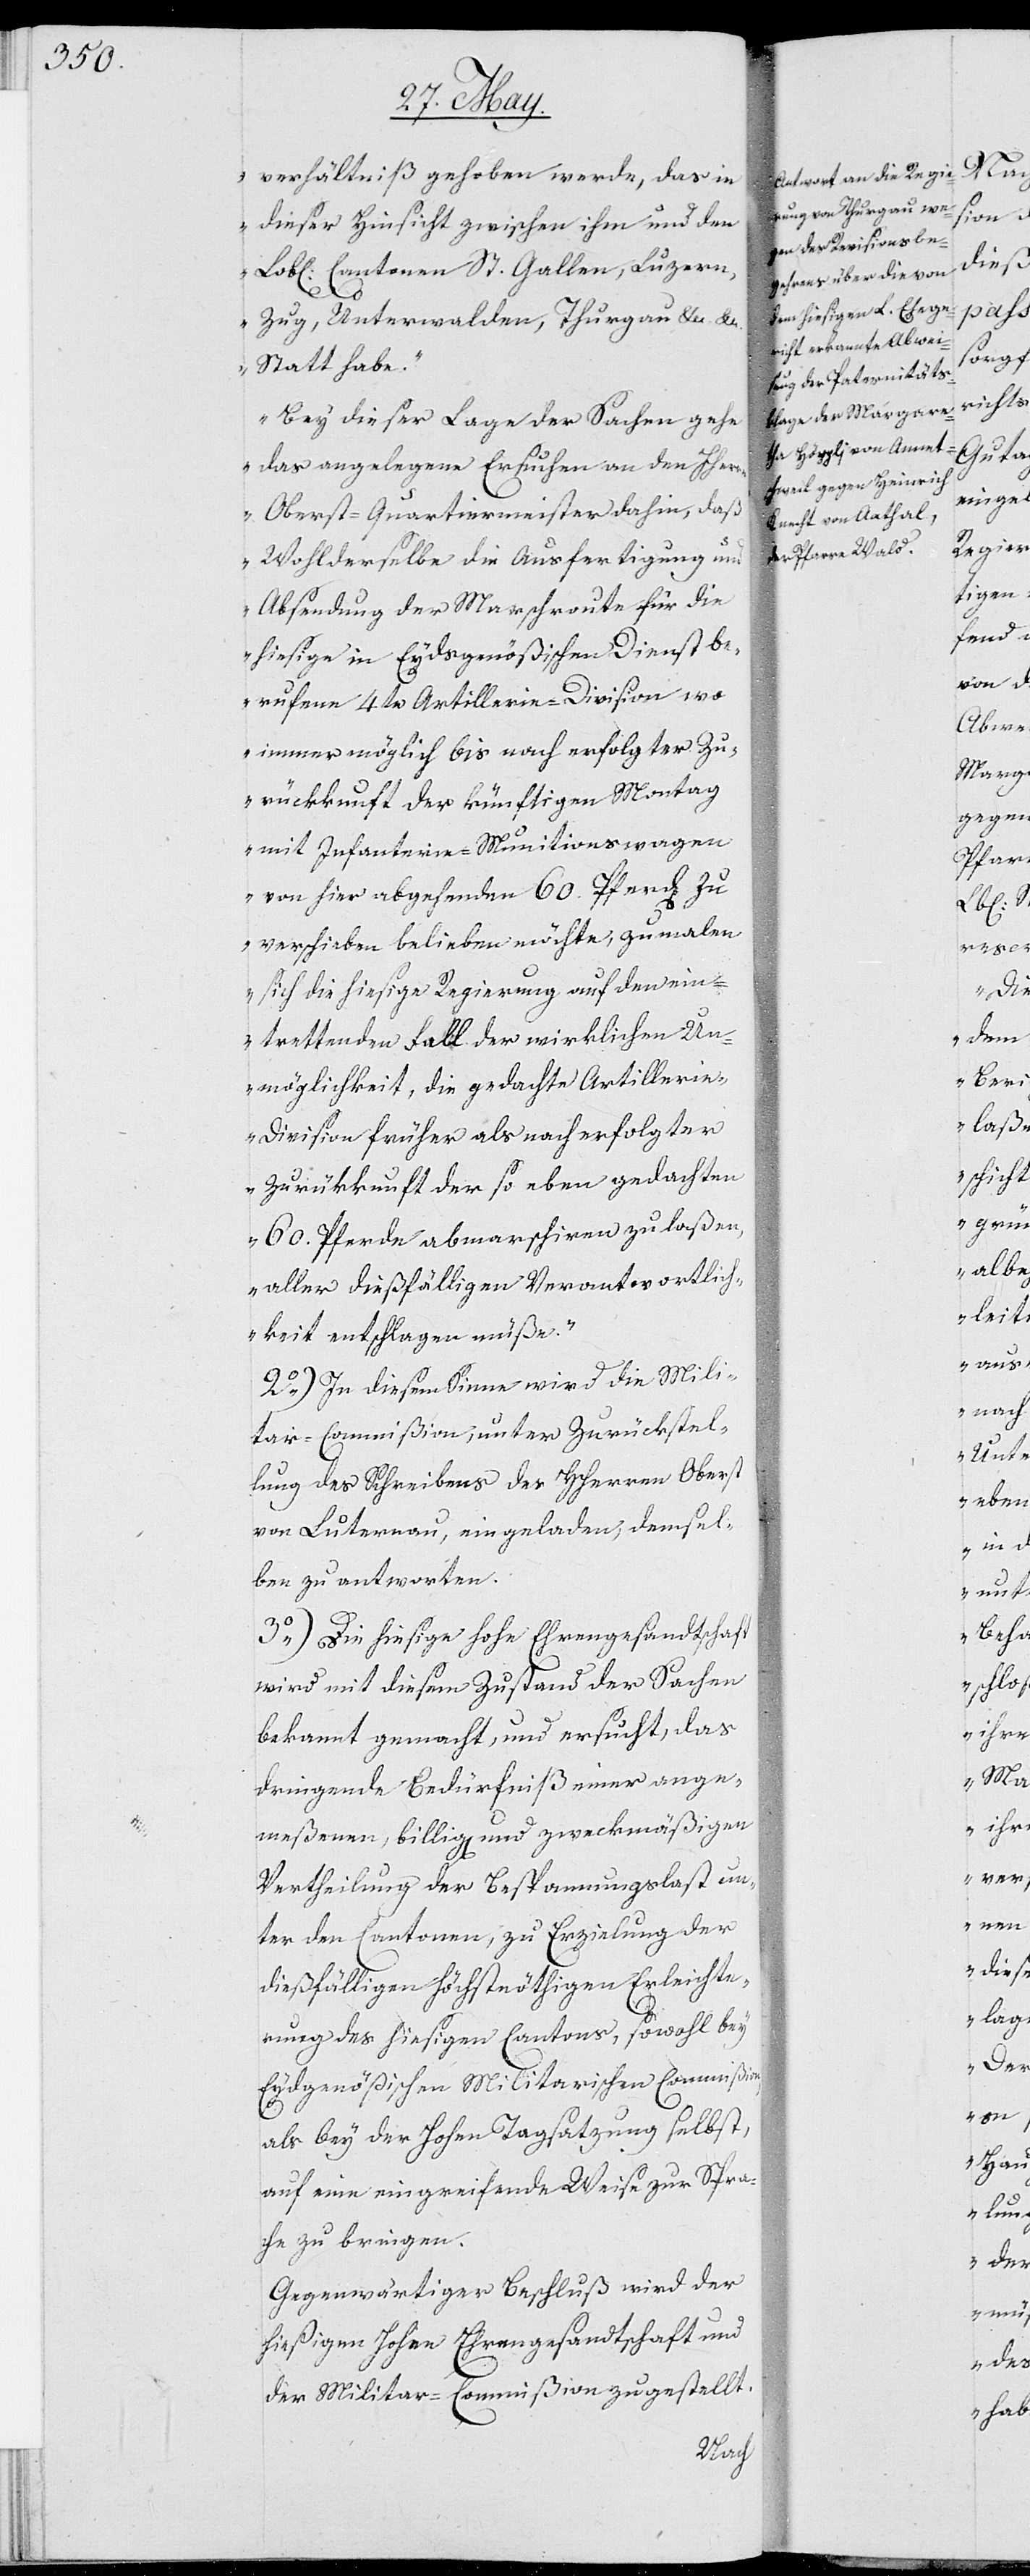
verhältnis gehoben werde, das in
dieser Hinsicht zwischen ihm und den
Lobl. Cantonen St. Gallen, Luzern,
Zug, Unterwalden, Thurgau, etc. etc.
Statt habe.
Bey dieser Lage der Sachen gehe
das angelegene Ersuchen an den Herrn
Oberst-Quartiermeister dahin, daß
Wohlderselbe die Ausfertigung und
Absendung der Marschroute für die
hiesige in Eydsgenößischen Dienst be¬
rufene 4te Artillerie-Division wo
immer möglich bis nach erfolgter Zu¬
rückkunft der künftigen Montag
mit Infanterie-Munitionswagen
von hier abgehenden 60. Pferden zu
verschieben belieben möchte, zumahlen
sich die hiesige Regierung auf den ein¬
trettenden Fall der wirklichen Un¬
möglichkeit die gedachte Artilleri¬
e-Division früher als nach erfolgter
Zurückkunft der so eben gedachten
60. Pferde abmarschieren zu laßen,
aller dießfälligen Verantwortlich¬
keit entschlagen müße.“
2.) In diesem Sinne wird die Mili¬
tar-Commißion, unter Zurückstel¬
lung des Schreibens des HHerren Oberst
von Luternau, eingeladen, demsel¬
ben zu antworten.
3.) Die hiesige hohe Ehrengesandtschaft
wird mit diesem Zustand der Sachen
bekannt gemacht, und ersucht, das
dringende Bedürfniß einer ange¬
meßenen, billigen und zweckmäßigen
Vertheilung der Bespannungslast un¬
ter den Cantonen, zu Erzielung der
dießfälligen höchstnöthigen Erleichte¬
rung des hiesigen Cantons, sowohl bey
Eydsgenößischen Militarischen Commißion,
als bey der hohen Tagsatzung selbst,
auf eine eingreifende Weise zur Spra¬
che zu bringen.
Gegenwärtiger Beschluß wird der
hießigen Hohen Ehrengesandtschaft und
der Militar-Commißion zugestellt.